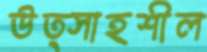
উত্সাহশীল